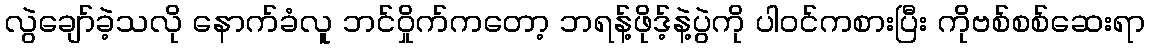
လွဲချော်ခဲ့သလို နောက်ခံလူ ဘင်ဝှိုက်ကတော့ ဘရန့်ဖိုဒ့်နဲ့ပွဲကို ပါဝင်ကစားပြီး ကိုဗစ်စစ်ဆေးရာ